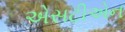
એસટીએન